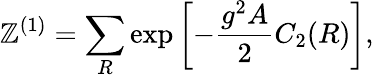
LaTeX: {\cal\mathbb{Z}}^{(1)}=\sum_{R}\exp\left[-{\frac{{g^{2}A}}{{2}}}C_{2}(R)\right],